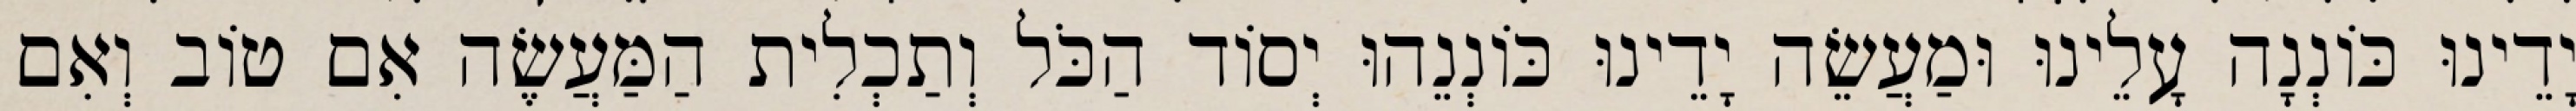
יָדֵינוּ כּוֹנְנָה עָלֵינוּ וּמַעֲשֵׂה יָדֵינוּ כּוֹנְנֵהוּ יְסוֹד הַכֹּל וְתַכְלִית הַמַּעֲשֶׂה אִם טוֹב וְאִם